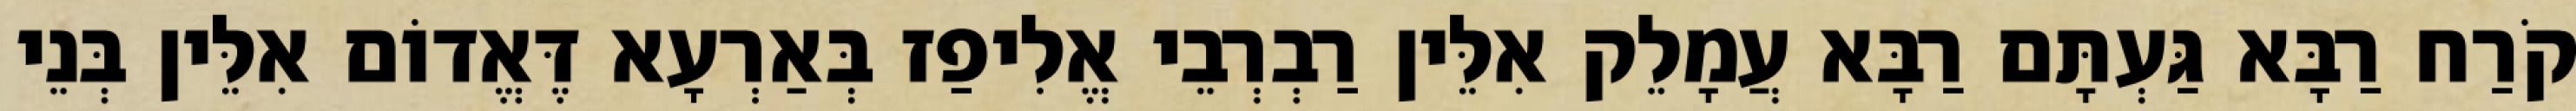
קֹרַח רַבָּא גַּעְתָּם רַבָּא עֲמָלֵק אִלֵּין רַבְרְבֵי אֱלִיפַז בְּאַרְעָא דֶּאֱדוֹם אִלֵּין בְּנֵי